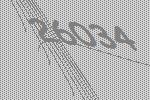
26034